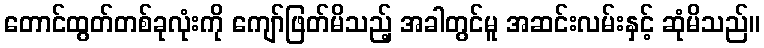
တောင်ထွတ်တစ်ခုလုံးကို ကျော်ဖြတ်မိသည့် အခါတွင်မူ အဆင်းလမ်းနှင့် ဆုံမိသည်။